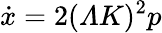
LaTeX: \dot{x}=2({\mit\Lambda}K)^{2}p